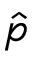
\hat { p }